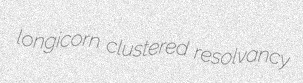
longicorn clustered resolvancy